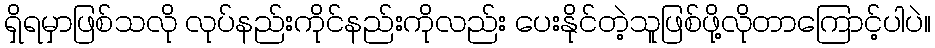
ရှိရမှာဖြစ်သလို လုပ်နည်းကိုင်နည်းကိုလည်း ပေးနိုင်တဲ့သူဖြစ်ဖို့လိုတာကြောင့်ပါပဲ။